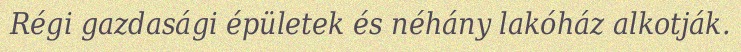
Régi gazdasági épületek és néhány lakóház alkotják.